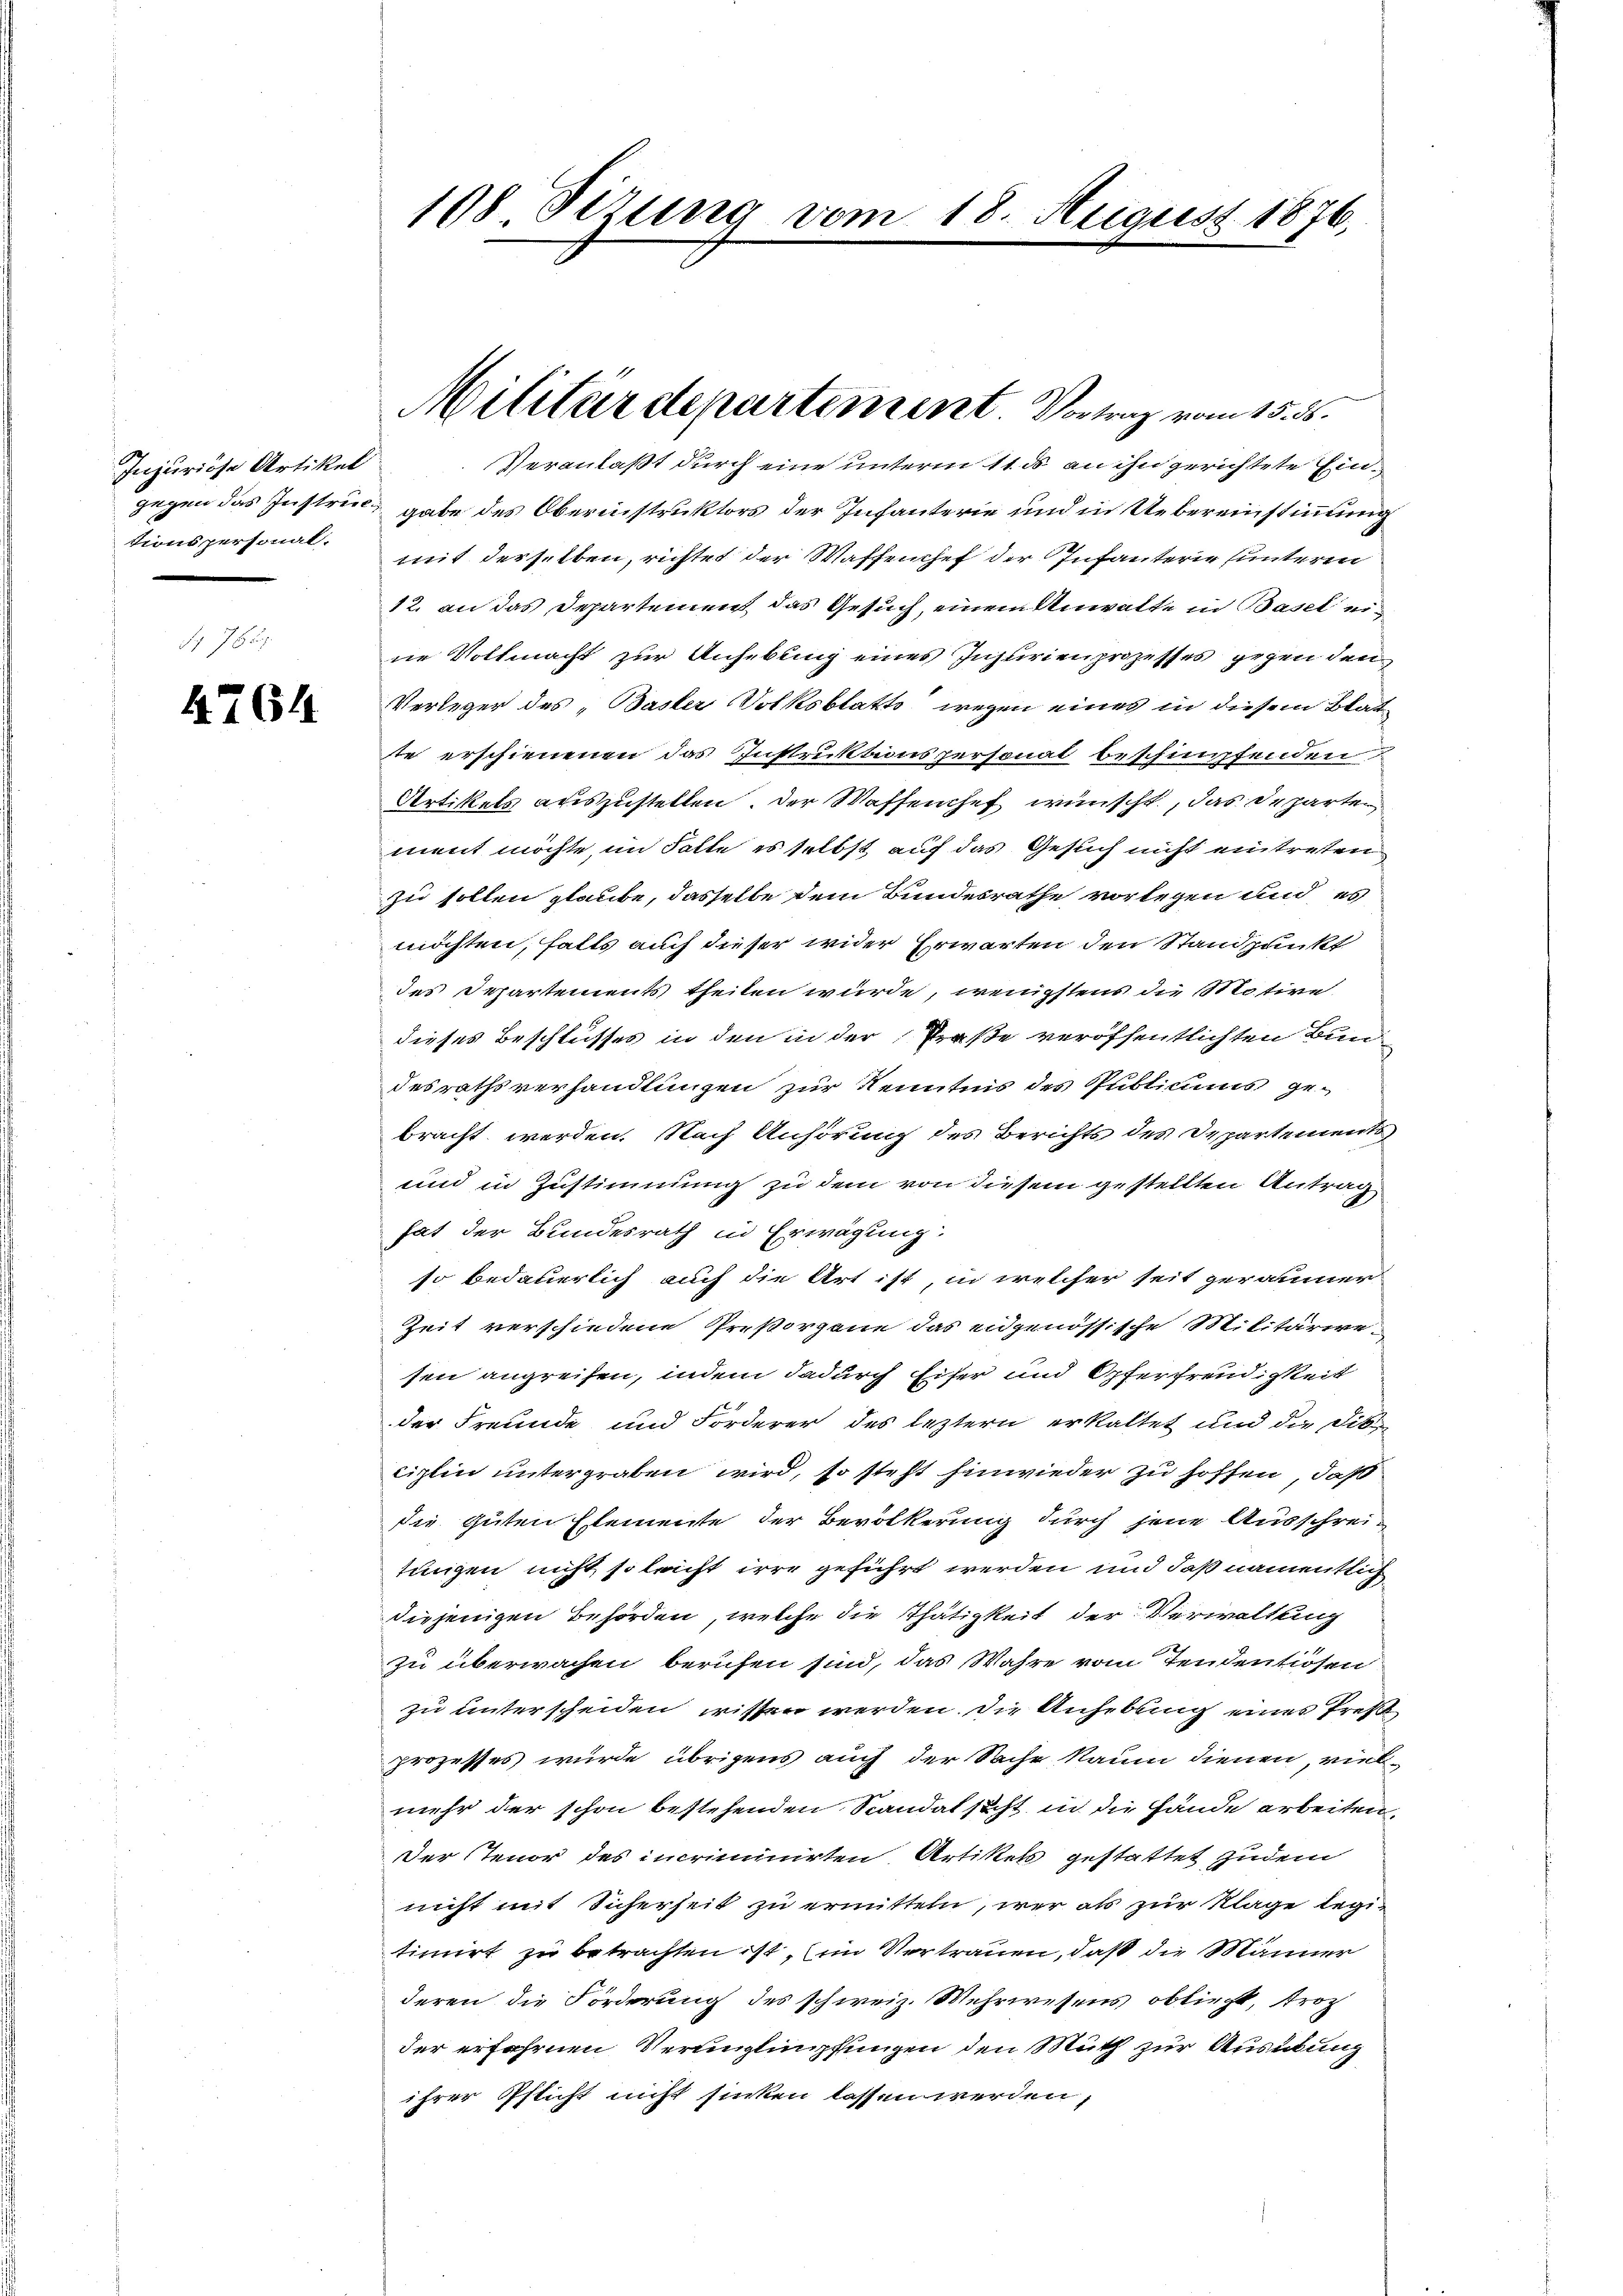
Injuriose Artikel
tionspersonal.

4764

Veranlaßt durch eine unterm 11. ds an ihn gerichtete Eingegen das Instruc gabe des Oberinstruktors der Infanterie und in Uebereinstimmung
mit derselben, richtet der Waffenchef der Infanterie unteren
12. an das Departement das Gesuch, einem Anwalte in Basel eine Vollmacht zur Anhebung eines Instrienprozesses gegen den
Verleger des „Basler Volksblatte wegen eines in diesem Blat
te erschienenen das Instruktionspersonat beschimpfenden
Artikels auszustellen. Der Waffenchef wünscht, das Departen
ment möchte, im Falle es selbst auf das Gesuch nicht eintreten
zu sollen glaube, dasselbe dem Bundesrathe vorlegen und es
möchten, falls auch dieser wider Erwarten den Standpunkt
des Departements theilen würde, wenigstens die Motive
dieses Beschlusses in den in der Straße veröffentlichten Bun
desrathsverhandlungen zur Kenntnis des Publicums ge-
bracht werden. Nach Anhörung des Berichts des Departements
und in Zustimmung zu dem von diesem gestellten Antrag
hat der Bundesrath in Erwägung:
so bedauerlich auch die Art ist, in welcher seit geräumer
Zeit verschiedene Preßorzene das eidgenössische Militärive-
sen angreifen, indem dadurch Eifer und Opferfreudigkeit
der Freunde und Forderer des leztern erkaltet und die Dist
ciplin untergraben wird, so steht hinwieder zu hoffen, daß
die Guten Elemente der Bevölkerung durch jene Ausschrei
tungen nicht so leicht irre geführt werden und daß namentlich
diejenigen Behörden, welche die Thätigkeit der Verwaltling
zu überwachen berufen sind, das Wahre vom Tendentiosen
zu unterscheiden wissen werden. Die Anhebung eines Preß
prozesses wurde übrigens auch der Sache kaum dienen, viel-
mehr der schon bestehenden Standat sicht in die Hände arbeiten,
Der Stenor des incriminirten Artikels gestattet zudem
nicht mit Sicherheit zu ermitteln, wer als zur Klage legitimirt zu betrachten ist, im Vertrauen, daß die Männer
deren die Forderung des schweiz. Mehrwesens obliegt, trot
der erfahrnen Verunglimpfungen den Muth zur Ausübung
ihrer Pflicht nicht sinken lassen werden,

108 Sizung vom

Militärdepartement. Vortrag vom 15. ds.

18. August 1876.